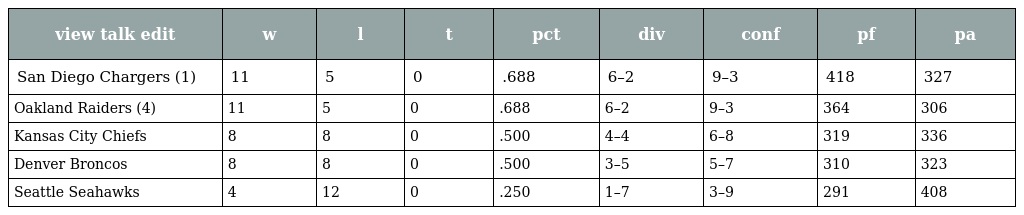
| view talk edit | w | l | t | pct | div | conf | pf | pa |
 | --- | --- | --- | --- | --- | --- | --- | --- | --- |
 | San Diego Chargers (1) | 11 | 5 | 0 | .688 | 6–2 | 9–3 | 418 | 327 |
 | Oakland Raiders (4) | 11 | 5 | 0 | .688 | 6–2 | 9–3 | 364 | 306 |
 | Kansas City Chiefs | 8 | 8 | 0 | .500 | 4–4 | 6–8 | 319 | 336 |
 | Denver Broncos | 8 | 8 | 0 | .500 | 3–5 | 5–7 | 310 | 323 |
 | Seattle Seahawks | 4 | 12 | 0 | .250 | 1–7 | 3–9 | 291 | 408 |